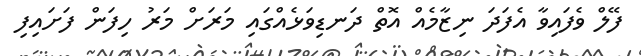
ފޭލް ވެފައިވާ އެފަދަ ނިޒާމެއް އޮތް ދަނޑިވަޅެއްގައި މަރަށް މަރު ހިފަން ފަށައިފި